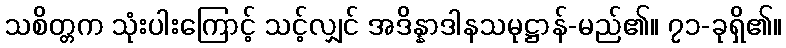
သစိတ္တက သုံးပါးကြောင့် သင့်လျှင် အဒိန္နာဒါနသမုဋ္ဌာန်-မည်၏။ ၇၁-ခုရှိ၏။